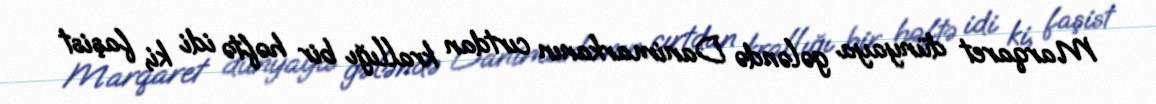
Marqaret dünyaya gələndə Danimarkanın cırtdan krallığı bir həftə idi ki, faşist